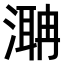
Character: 𣼚